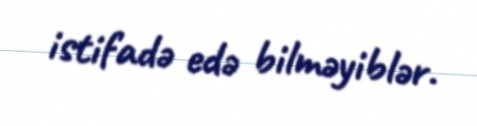
istifadə edə bilməyiblər.